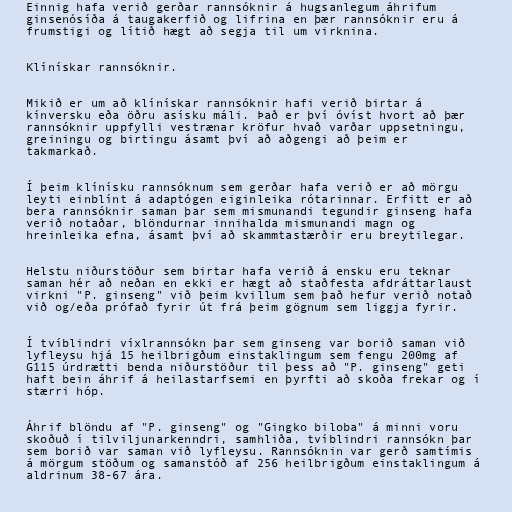
Einnig hafa verið gerðar rannsóknir á hugsanlegum áhrifum
ginsenósíða á taugakerfið og lifrina en þær rannsóknir eru á
frumstigi og lítið hægt að segja til um virknina.

Klínískar rannsóknir.

Mikið er um að klínískar rannsóknir hafi verið birtar á
kínversku eða öðru asísku máli. Það er því óvíst hvort að þær
rannsóknir uppfylli vestrænar kröfur hvað varðar uppsetningu,
greiningu og birtingu ásamt því að aðgengi að þeim er
takmarkað.

Í þeim klínísku rannsóknum sem gerðar hafa verið er að mörgu
leyti einblínt á adaptógen eiginleika rótarinnar. Erfitt er að
bera rannsóknir saman þar sem mismunandi tegundir ginseng hafa
verið notaðar, blöndurnar innihalda mismunandi magn og
hreinleika efna, ásamt því að skammtastærðir eru breytilegar.

Helstu niðurstöður sem birtar hafa verið á ensku eru teknar
saman hér að neðan en ekki er hægt að staðfesta afdráttarlaust
virkni "P. ginseng" við þeim kvillum sem það hefur verið notað
við og/eða prófað fyrir út frá þeim gögnum sem liggja fyrir.

Í tvíblindri víxlrannsókn þar sem ginseng var borið saman við
lyfleysu hjá 15 heilbrigðum einstaklingum sem fengu 200mg af
G115 úrdrætti benda niðurstöður til þess að "P. ginseng" geti
haft bein áhrif á heilastarfsemi en þyrfti að skoða frekar og í
stærri hóp.

Áhrif blöndu af "P. ginseng" og "Gingko biloba" á minni voru
skoðuð í tilviljunarkenndri, samhliða, tvíblindri rannsókn þar
sem borið var saman við lyfleysu. Rannsóknin var gerð samtímis
á mörgum stöðum og samanstóð af 256 heilbrigðum einstaklingum á
aldrinum 38-67 ára.